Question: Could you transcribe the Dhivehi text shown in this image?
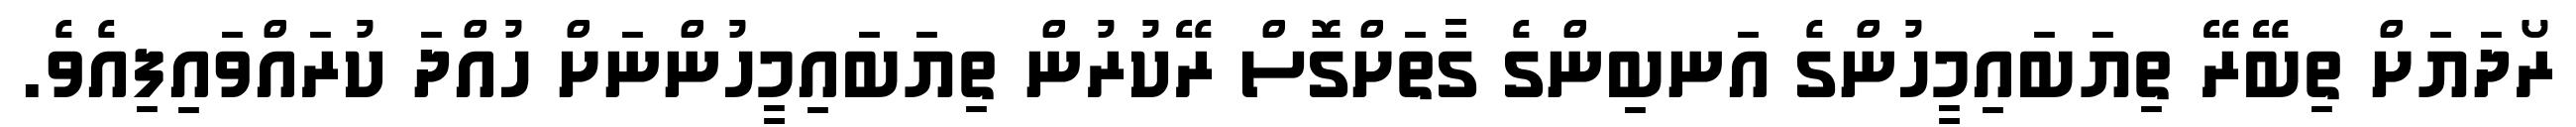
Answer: ރޯދަޔަށް ތިބޭރޭ ތިޔަބައިމީހުންގެ އަނބިންގެ ގާތަށްގޮސް ރޭކުރުން ތިޔަބައިމީހުންނަށް ހުއްދަ ކުރައްވައިފިއެވެ.